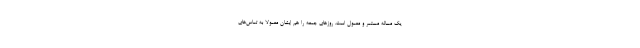
یک مساله مستمر و معمول است. روزهای جمعه را هم ایشان معمولا به تماس‌های